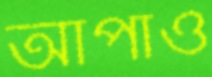
আপাও